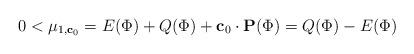
LaTeX: \begin{align*} 0<\mu_{1,\mathbf{c}_0} =E(\Phi)+Q(\Phi)+\mathbf{c}_0\cdot \mathbf{P}(\Phi) =Q(\Phi)-E(\Phi) \end{align*}